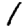
Digit: 1